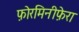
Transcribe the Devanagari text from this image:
फ़ोरमिनीफ़ेरा